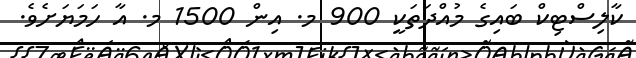
ކާލިސްޓިކް ބައިގެ މުއްދަތަކީ 900 މ. އިން 1500 މ. އާ ހަމަޔަށެވެ.